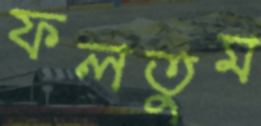
ফলতুম